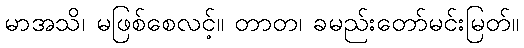
မာအသိ၊ မဖြစ်စေလင့်။ တာတ၊ ခမည်းတော်မင်းမြတ်။